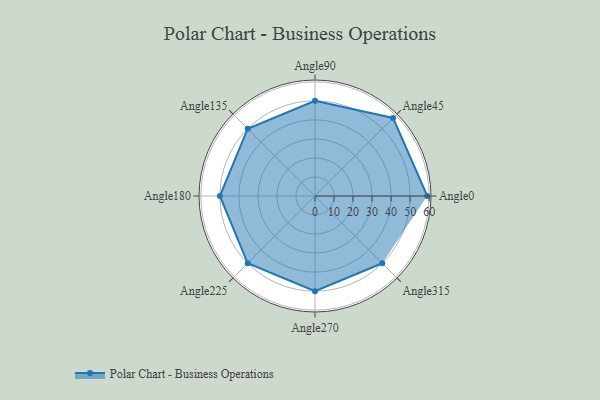
{"axis": {"x": "Angle", "y": "Radius"}, "legend": [""], "data": [{"x": "Angle0", "y": 59.0, "type": ""}, {"x": "Angle45", "y": 58.0, "type": ""}, {"x": "Angle90", "y": 50.0, "type": ""}, {"x": "Angle135", "y": 50, "type": ""}, {"x": "Angle180", "y": 50, "type": ""}, {"x": "Angle225", "y": 50, "type": ""}, {"x": "Angle270", "y": 50, "type": ""}, {"x": "Angle315", "y": 50, "type": ""}]}